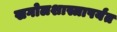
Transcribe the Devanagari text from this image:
खगोलशास्त्रापर्यंत